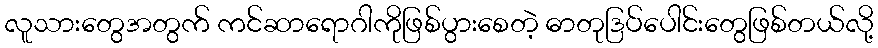
လူသားတွေအတွက် ကင်ဆာရောဂါကိုဖြစ်ပွားစေတဲ့ ဓာတုဒြပ်ပေါင်းတွေဖြစ်တယ်လို့